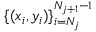
\{ ( x _ { i } , y _ { i } ) \} _ { i = N _ { j } } ^ { N _ { j + 1 } - 1 }